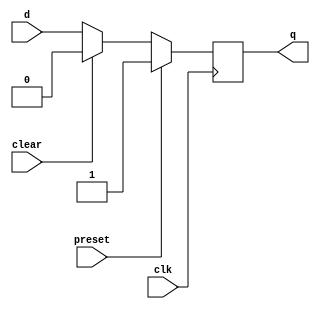
module edge_triggered_latch(
    input wire clk,
    input wire d,
    input wire clear,
    input wire preset,
    output reg q
);

// D flip-flop for storing input data
always @(posedge clk) begin
    if (preset)
        q <= 1'b1;
    else if (clear)
        q <= 1'b0;
    else
        q <= d;
end

endmodule